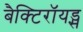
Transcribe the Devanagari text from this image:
बैक्टिरॉयड्स